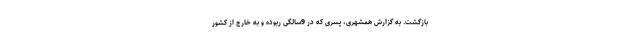
بازگشت. به گزارش همشهری، پسری که در 9سالگی ربوده و به خارج از کشور